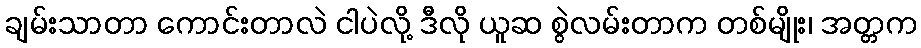
ချမ်းသာတာ ကောင်းတာလဲ ငါပဲလို့ ဒီလို ယူဆ စွဲလမ်းတာက တစ်မျိုး၊ အတ္တက